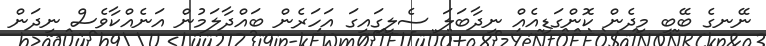
ނޭނގެ ބޭބީ މިދެން ކޮންގަޑިއެއް ނިދާބަލަ ސެލީގައިގަ އަހަރެން ބައްދާލަމުން އަނެއްކާވެސް ނިދަން